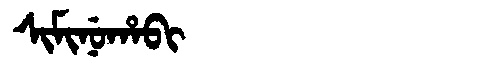
Manchu: ᠰᡳᠮᡳᠨᡠᡥᠠᠪᡳ
Romanization: SIMINUHABI